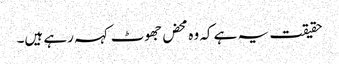
حقیقت یہ ہے کہ وہ محض جھوٹ کہہ رہے ہیں۔